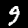
Digit: 9